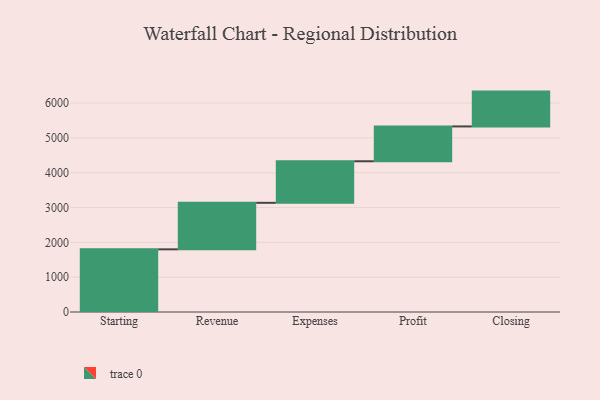
{"axis": {"x": "Step", "y": "Value"}, "legend": [""], "data": [{"x": "Starting", "y": 1799.0, "type": ""}, {"x": "Revenue", "y": 1336.0, "type": ""}, {"x": "Expenses", "y": 1193.0, "type": ""}, {"x": "Profit", "y": 1000, "type": ""}, {"x": "Closing", "y": 1000, "type": ""}]}